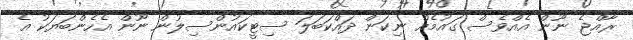
ރާއްޖެ ނޫން އެއްވެސް ގައުމެއް ނިކަން ދައްކަބަލަ ސިޓީކައުންސިލުން ނޫން އެހެންބަޔަކު އެ